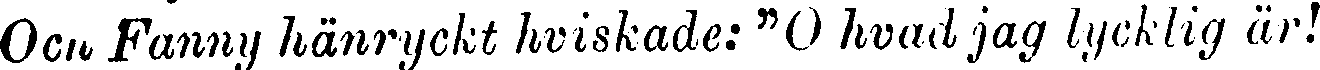
Och Fanny hänryckt hviskade: "O hvad jag lycklig är!